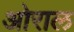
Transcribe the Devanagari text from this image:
ओराल